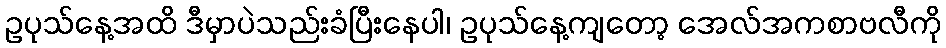
ဥပုသ်နေ့အထိ ဒီမှာပဲသည်းခံပြီးနေပါ၊ ဥပုသ်နေ့ကျတော့ အေလ်အကစာဗလီကို